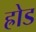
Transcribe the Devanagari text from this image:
ह्रोड